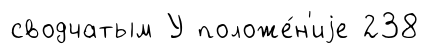
сводчатым У положе́н'иjе 238